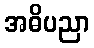
အဓိပညာ